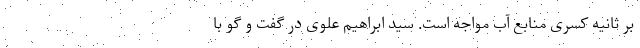
بر ثانیه کسری منابع آب مواجه است. سید ابراهیم علوی در گفت و گو با